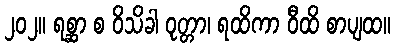
၂၀၂။ ရစ္ဆာ စ ဝိသိခါ ဝုတ္တာ၊ ရထိကာ ဝီထိ စာပျထ။